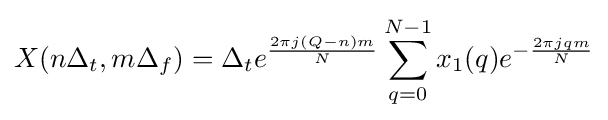
X(n\Delta _{t},m\Delta _{f})=\Delta _{t}e^{\frac {2\pi j(Q-n)m}{N}}\sum _{q=0}^{N-1}x_{1}(q)e^{-{\frac {2\pi jqm}{N}}}